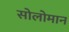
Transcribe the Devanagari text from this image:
सोलोमान